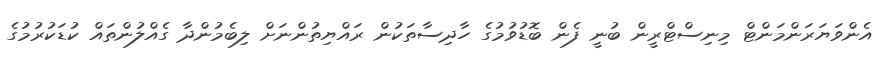
އެންވަޔަރަންމަންޓް މިނިސްޓްރީން ބުނީ ފެން ބޮޑުވުމުގެ ހާދިސާތަކުން ރައްްޔިތުންނަށް ލިބެމުންދާ ގެއްލުންތައް ކުޑަކުރުމުގެ